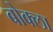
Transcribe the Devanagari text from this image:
बोक्ला